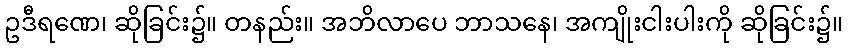
ဥဒီရဏေ၊ ဆိုခြင်း၌။ တနည်း။ အဘိလာပေ ဘာသနေ၊ အကျိုးငါးပါးကို ဆိုခြင်း၌။